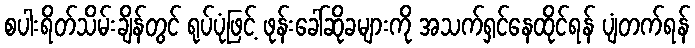
စပါးရိတ်သိမ်းချိန်တွင် ရုပ်ပုံဖြင့် ဖုန်းခေါ်ဆိုခများကို အသက်ရှင်နေထိုင်ရန် ပျံတက်ရန်